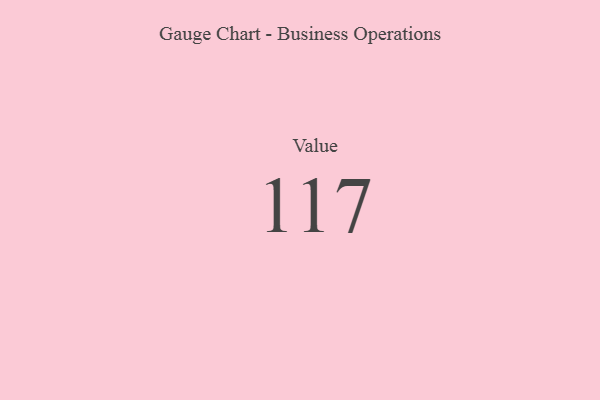
{"axis": {"x": "Metric", "y": "Value"}, "legend": [""], "data": [{"x": "Value", "y": 117, "type": ""}]}